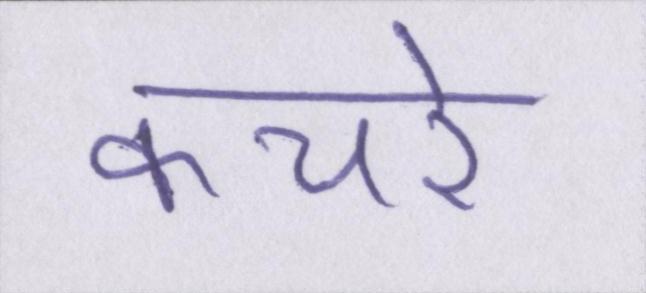
कचरे